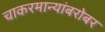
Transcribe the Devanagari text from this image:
चाकरमान्यांबरोबर